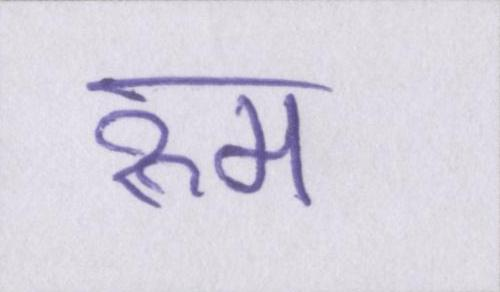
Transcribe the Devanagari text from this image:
रुम